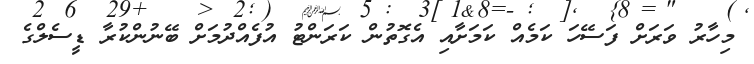
މިހާރު ވަރަށް ފަސޭހަ ކަމެއް ކަމަށާއި އެގޮތުން ކަރަންޓު އުފެއްދުމަށް ބޭނުންކުރާ ޑީސެލްގެ